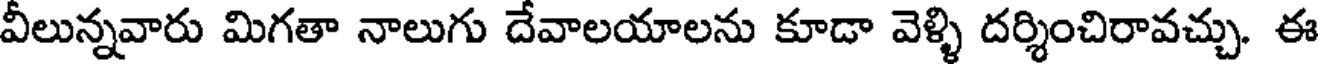
వీలున్నవారు మిగతా నాలుగు దేవాలయాలను కూడా వెళ్ళి దర్శించిరావచ్చు. ఈ